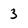
Character: 3